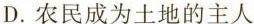
D.农民成为土地的主人